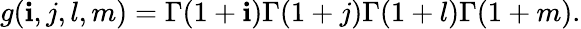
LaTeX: g(\mathbf{i},j,l,m)=\Gamma(1+\mathbf{i})\Gamma(1+j)\Gamma(1+l)\Gamma(1+m).